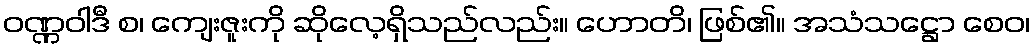
ဝဏ္ဏဝါဒီ စ၊ ကျေးဇူးကို ဆိုလေ့ရှိသည်လည်း။ ဟောတိ၊ ဖြစ်၏။ အသံသဋ္ဌော စေဝ၊